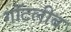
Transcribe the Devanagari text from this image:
गॉटलीब